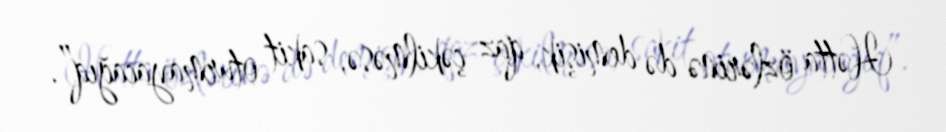
Hətta özlərinə də demişik, qaz çəkilməsə, sakit oturmayacağıq”.